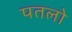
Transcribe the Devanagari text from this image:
पतलो